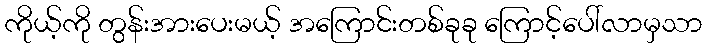
ကိုယ့်ကို တွန်းအားပေးမယ့် အကြောင်းတစ်ခုခု ကြောင့်ပေါ်လာမှသာ